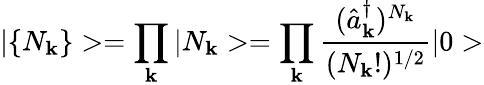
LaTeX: |\{ N_{\mathbf{k}}\} >=\prod_{\mathbf{k}}|N_{\mathbf{k}}>=\prod_{\mathbf{k}}\frac{{(\hat{{a}}_{\mathbf{k}}^{\dagger})^{N_{\mathbf{k}}}}}{{(N_{\mathbf{k}}!)^{1/2}}}|0>